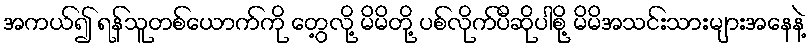
အကယ်၍ ရန်သူတစ်ယောက်ကို တွေ့လို့ မိမိတို့ ပစ်လိုက်ပီဆိုပါစို့ မိမိအသင်းသားများအနေနဲ့